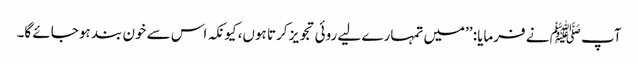
آپ ﷺ نے فرمایا: ’’میں تمہارے لیے روئی تجویز کرتا ہوں، کیونکہ اس سے خون بند ہو جائے گا۔